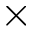
\times